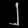
Digit: ၂